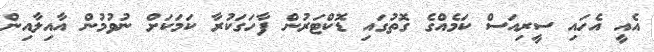
އެއީ އެހައި ސީރިއަސް ކަމެއްގެ ގޮތުގައި ޑޮކްޓަރުން ފާހަގަކުރާ ކަމަކަށް ނުވުމުން އާއިލާއިން